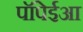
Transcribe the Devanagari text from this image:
पॉंपेईआ